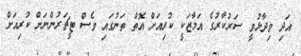
އަދި ވިދާޅުވީ ސަރުކާރުގެ އަމާޒަކީ ކުރިއަށް އޮތް ތަނުގައި ވެސް ޓީޗަރުންނަށް ކުރިއަށް